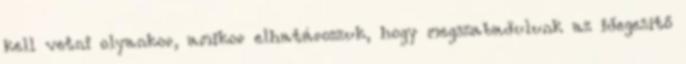
kell vetni olyankor, amikor elhatározzuk, hogy megszabadulunk az idegesítő